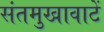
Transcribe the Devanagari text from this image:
संतमुखावाटें